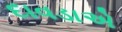
દાવડાએ